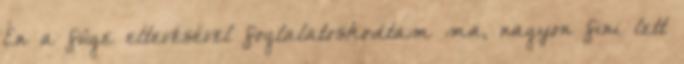
Én a füge eltevésével foglalatoskodtam ma, nagyon fini lett